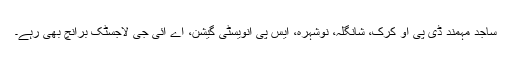
ساجد مہمند ڈی پی او کرک، شانگلہ، نوشہرہ، ایس پی انویسٹی گیشن، اے آئی جی لاجسٹک برانچ بھی رہے۔